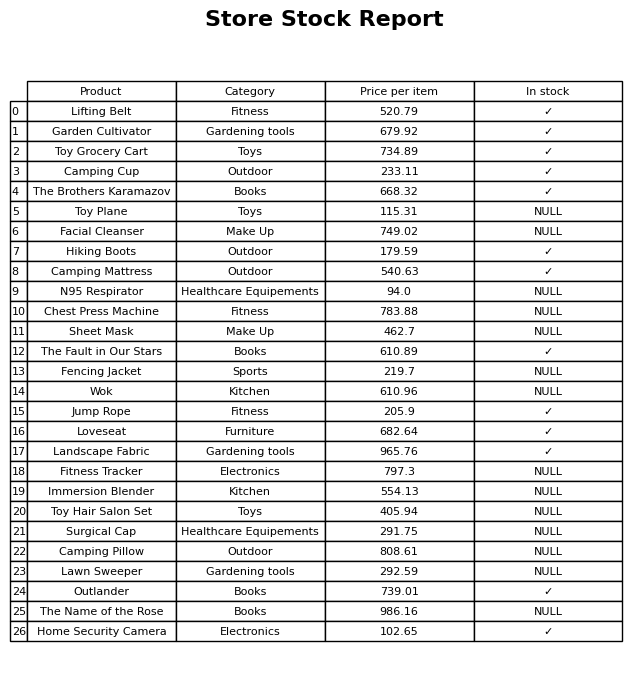
question: What is the stock status of the The Fault in Our Stars?
answer: ✓